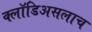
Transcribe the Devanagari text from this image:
क्लॉडिअसलाच